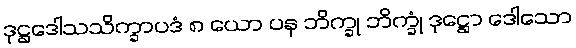
ဒုဋ္ဌဒေါသသိက္ခာပဒံ ၈ ယော ပန ဘိက္ခု ဘိက္ခုံ ဒုဋ္ဌော ဒေါသော